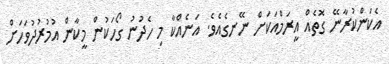
އެކަންކުރާނޭ ގޮތެއް އީރަމްއަކަށް ނޭނގެއެވެ. އަނެއްކާ މި ހެދުނު ގޯހަކުން މީކާން އުމުރުދުވަހަށް